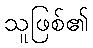
သူဖြစ်၏